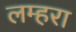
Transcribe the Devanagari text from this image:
लम्हरा